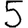
Digit: 5